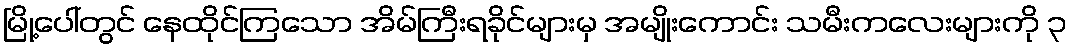
မြို့ပေါ်တွင် နေထိုင်ကြသော အိမ်ကြီးရခိုင်များမှ အမျိုးကောင်း သမီးကလေးများကို ၃